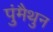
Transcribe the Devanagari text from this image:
पुंमैथुन